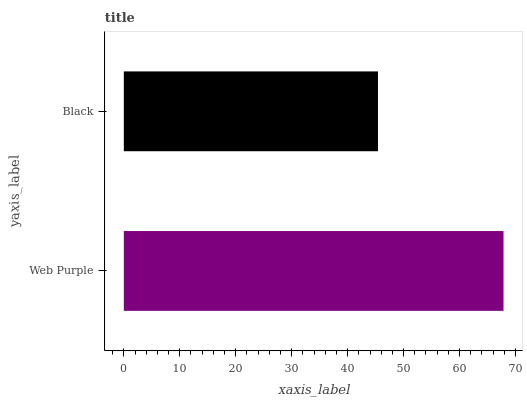
| yaxis_label | bars |
 | --- | --- |
 | Web Purple | 67.9 |
 | Black | 45.4 |